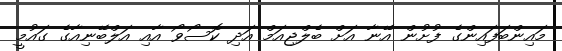
މައިންބަފައިންގެ ފުށުން އޭނާ އަށް ބެލްޖިއަމް އަދި ކޮސޯވޯ އާއި އަލްބޭނިއާގެ ގައުމީ